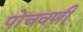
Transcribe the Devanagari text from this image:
पोचवणी